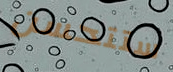
ستتحسن